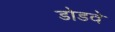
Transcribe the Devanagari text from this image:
डोडवे